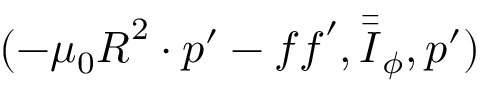
( - \mu _ { 0 } \boldsymbol { R } ^ { 2 } \cdot \boldsymbol { p } ^ { \prime } - \boldsymbol { f f } ^ { \prime } , \bar { \bar { \boldsymbol { I } } } _ { \phi } , \boldsymbol { p } ^ { \prime } )